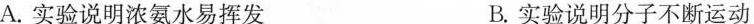
A.实验说明浓氨水易挥发 B.实验说明分子不断运动